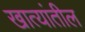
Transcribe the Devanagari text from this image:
खात्यांतील